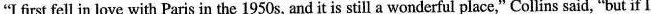
"I first fell in love with Paris in the 1950s, and it is still a wonderful place," Collins said, "but if I